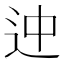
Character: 迚